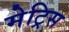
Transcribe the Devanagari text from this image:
मेट्रिस